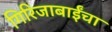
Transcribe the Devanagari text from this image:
गिरिजाबाईंचा